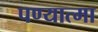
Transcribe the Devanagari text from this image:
पण्यात्मा